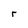
Character: r